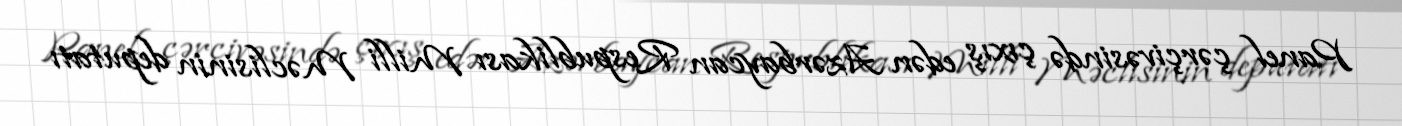
Panel çərçivəsində çıxış edən Azərbaycan Respublikası Milli Məclisinin deputatı